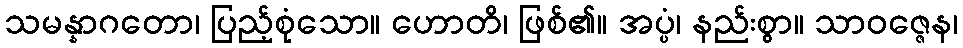
သမန္နာဂတော၊ ပြည့်စုံသော။ ဟောတိ၊ ဖြစ်၏။ အပ္ပံ၊ နည်းစွာ။ သာဝဇ္ဇေန၊